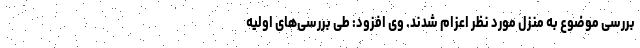
بررسی موضوع به منزل مورد نظر اعزام شدند. وی افزود: طی بررسی‌های اولیه